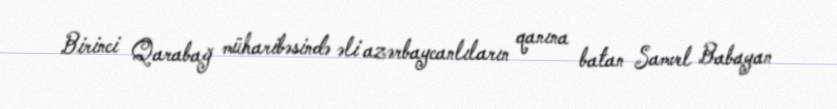
Birinci Qarabağ müharibəsində əli azərbaycanlıların qanına batan Samvel Babayan